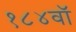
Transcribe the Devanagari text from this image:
१८४वॉ